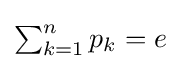
{\textstyle \sum _{k=1}^{n}p_{k}=e}